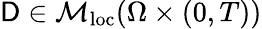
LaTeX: \mathsf{D}\in\mathcal{M}_{\mathrm{loc}}(\Omega\times(0,T))